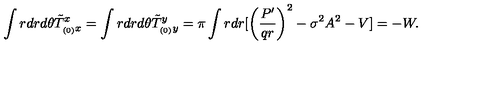
\int r d r d \theta \tilde { T } _ { _ { ( 0 ) } x } ^ { x } = \int r d r d \theta \tilde { T } _ { _ { ( 0 ) } y } ^ { y } = \pi \int r d r [ \left( \frac { P ^ { \prime } } { q r } \right) ^ { 2 } - \sigma ^ { 2 } A ^ { 2 } - V ] = - W .